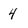
Character: 4